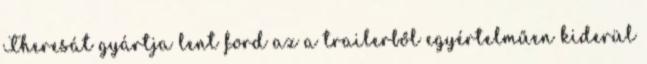
Theresát gyártja lent ford az a trailerből egyértelműen kiderül